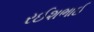
રઈશભાઈ